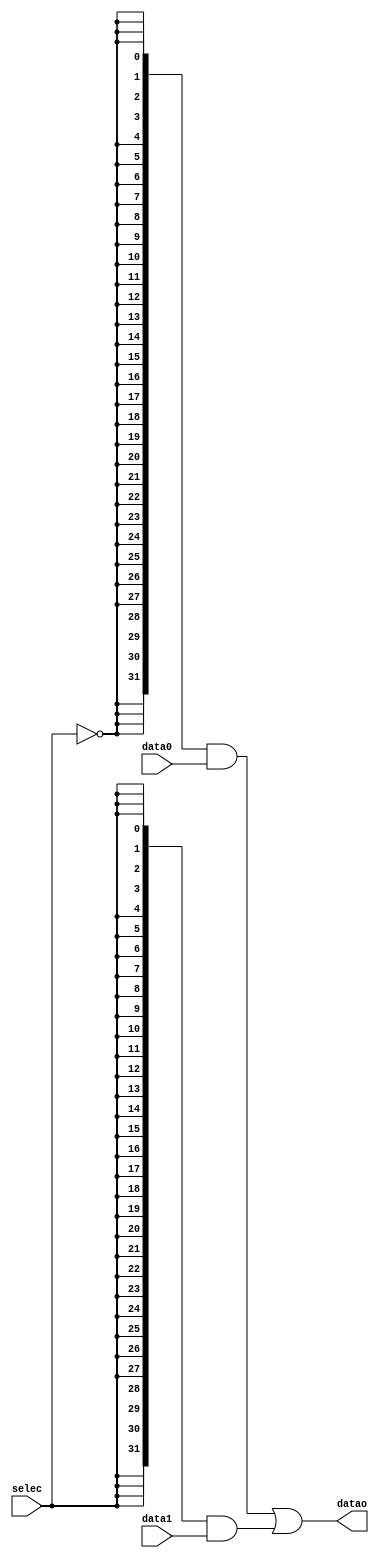


module mux_bool
#(
	parameter Nbits = 32
)

(
	// a la izquierda de la seal va el ancho del bus
	input [Nbits - 1 : 0]data0,
	input [Nbits - 1 : 0]data1,
	input selec,
	output [Nbits - 1 : 0]datao

);
// el selector de un bit no pude realizar la operacion por si solo
// se utilizara el operador de repeticion
// {la cantidad de repeticciones{el valor a repetir de n bits }}
// ecuacciones boolenas
// comportamenteal 
// instanciacion

assign datao = {Nbits{~selec}}&data0 | {Nbits{selec}}&data1;

endmodule